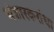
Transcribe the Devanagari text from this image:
भंडारकरांचा